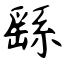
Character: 繇